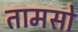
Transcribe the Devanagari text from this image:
तामसो